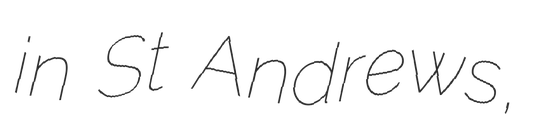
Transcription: in St Andrews,